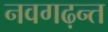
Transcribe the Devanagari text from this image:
नवगढ़न्त